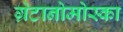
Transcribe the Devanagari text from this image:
ग्रेटानोमोस्का